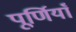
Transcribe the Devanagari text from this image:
पूर्णियाँ